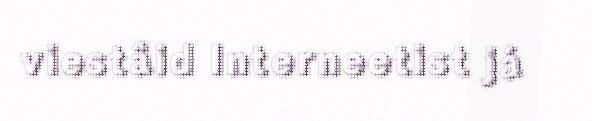
viestâid Interneetist já